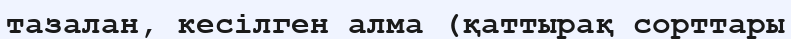
тазалан, кесілген алма (қаттырақ сорттары